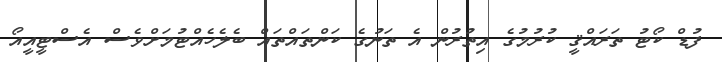
ފުޑް ކޯޓު ތަރައްޤީ ކުރުމުގެ އިތުރުން އެ ތަނުގެ ކަންތައްތައް ބެލެހެއްޓުމަށްވެސް އެސްޓީއީއޯ